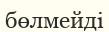
бөлмейді